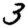
Digit: 3